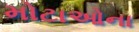
મોટાઓના